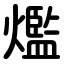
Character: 爁